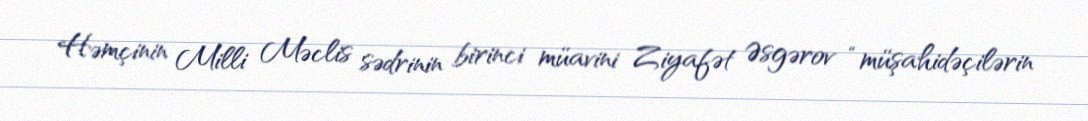
Həmçinin Milli Məclis sədrinin birinci müavini Ziyafət Əsgərov “müşahidəçilərin